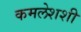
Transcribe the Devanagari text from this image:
कमलेशशी